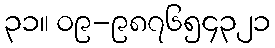
၃၁။ ၀၉-၉၈၇၆၅၄၃၂၁